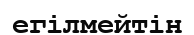
егілмейтін